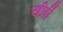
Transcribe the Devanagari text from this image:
खीवीं